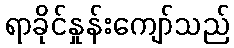
ရာခိုင်နှုန်းကျော်သည်